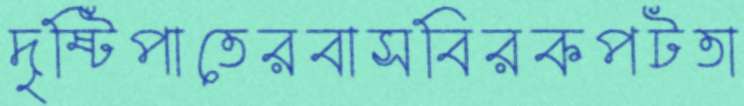
দৃষ্টিপাতেরবাসবিরকপটতা